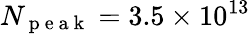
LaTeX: N_{\mathrm{~p~e~a~k~}}=3.5\times 10^{13}